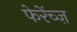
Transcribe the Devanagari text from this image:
फेरेंच्ज़